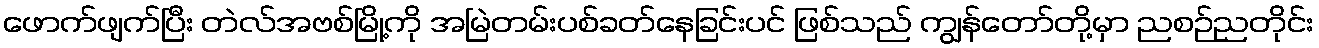
ဖောက်ဖျက်ပြီး တဲလ်အဗစ်မြို့ကို အမြဲတမ်းပစ်ခတ်နေခြင်းပင် ဖြစ်သည် ကျွန်တော်တို့မှာ ညစဉ်ညတိုင်း